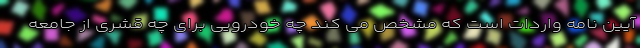
آیین نامه واردات است که مشخص می کند چه خودرویی برای چه قشری از جامعه